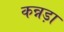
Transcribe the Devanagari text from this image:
कन्नड़ा